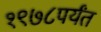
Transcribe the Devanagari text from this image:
१९७८पर्यंत